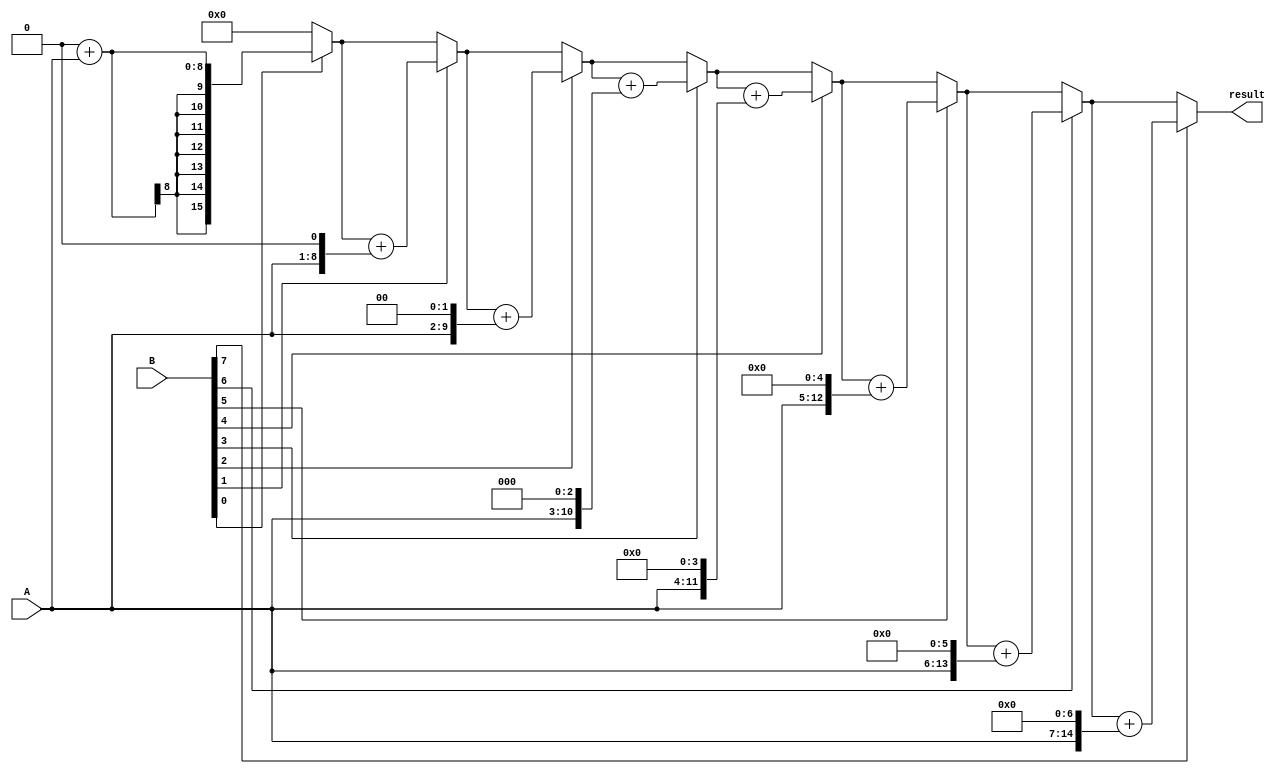
module signed_multiplier (
  input signed [7:0] A,
  input signed [7:0] B,
  output signed [15:0] result
);

reg signed [15:0] product;
reg signed [7:0] count;
reg signed [15:0] partial_product;

always @* begin
  partial_product = 0;
  for(count = 0; count < 8; count = count + 1) begin
    if(B[count] == 1) begin
      partial_product = partial_product + (A << count);
    end
  end
  product = partial_product;
end

assign result = product;

endmodule